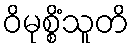
ဝိမုစ္စိံသူတိ